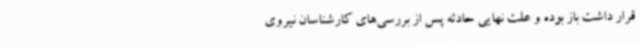
قرار داشت باز بوده و علت نهایی حادثه پس از بررسی‌های کارشناسان نیروی